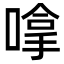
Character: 嗱